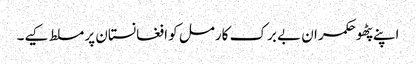
اپنے پٹھو حکمران بے برک کارمل کو افغانستان پر مسلط کیے۔